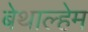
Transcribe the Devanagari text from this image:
बेथाल्हेम